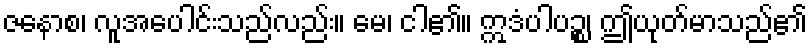
ဇနောစ၊ လူအပေါင်းသည်လည်း။ မေ၊ ငါ၏။ ဣဒံပါပဉ္စ၊ ဤယုတ်မာသည်၏